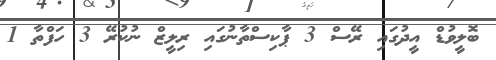
ބޮލީވުޑް އީދުގައި ރޭސް 3 ޕާކިސްތާނުގައި ރިލީޒް ނުކުރޭ 3 ހަފްތާ 1